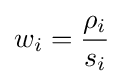
w_{i}={\frac {\rho _{i}}{s_{i}}}